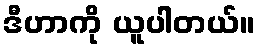
ဒီဟာကို ယူပါတယ်။